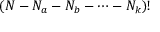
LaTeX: ( N - N _ { a } - N _ { b } - \cdots - N _ { k } ) !